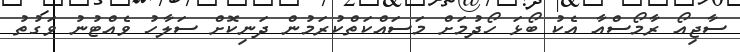
ސާޖިއޯ ރާމޯސްއާ އެކު ބޯޅަ ހޯދުމަށް މަސައްކަތްކުރަމުން ދަނިކޮށް ސަލާހު ވެއްޓުނު ވަގުތު